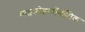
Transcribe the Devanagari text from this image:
माइक्रोइकॉनॉमिक